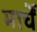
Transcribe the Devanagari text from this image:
मार्चें